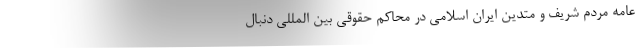
عامه مردم شریف و متدین ایران اسلامی در محاکم حقوقی بین المللی دنبال